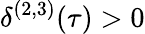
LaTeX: \delta^{(2,3)}(\tau)>0